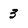
Character: 3